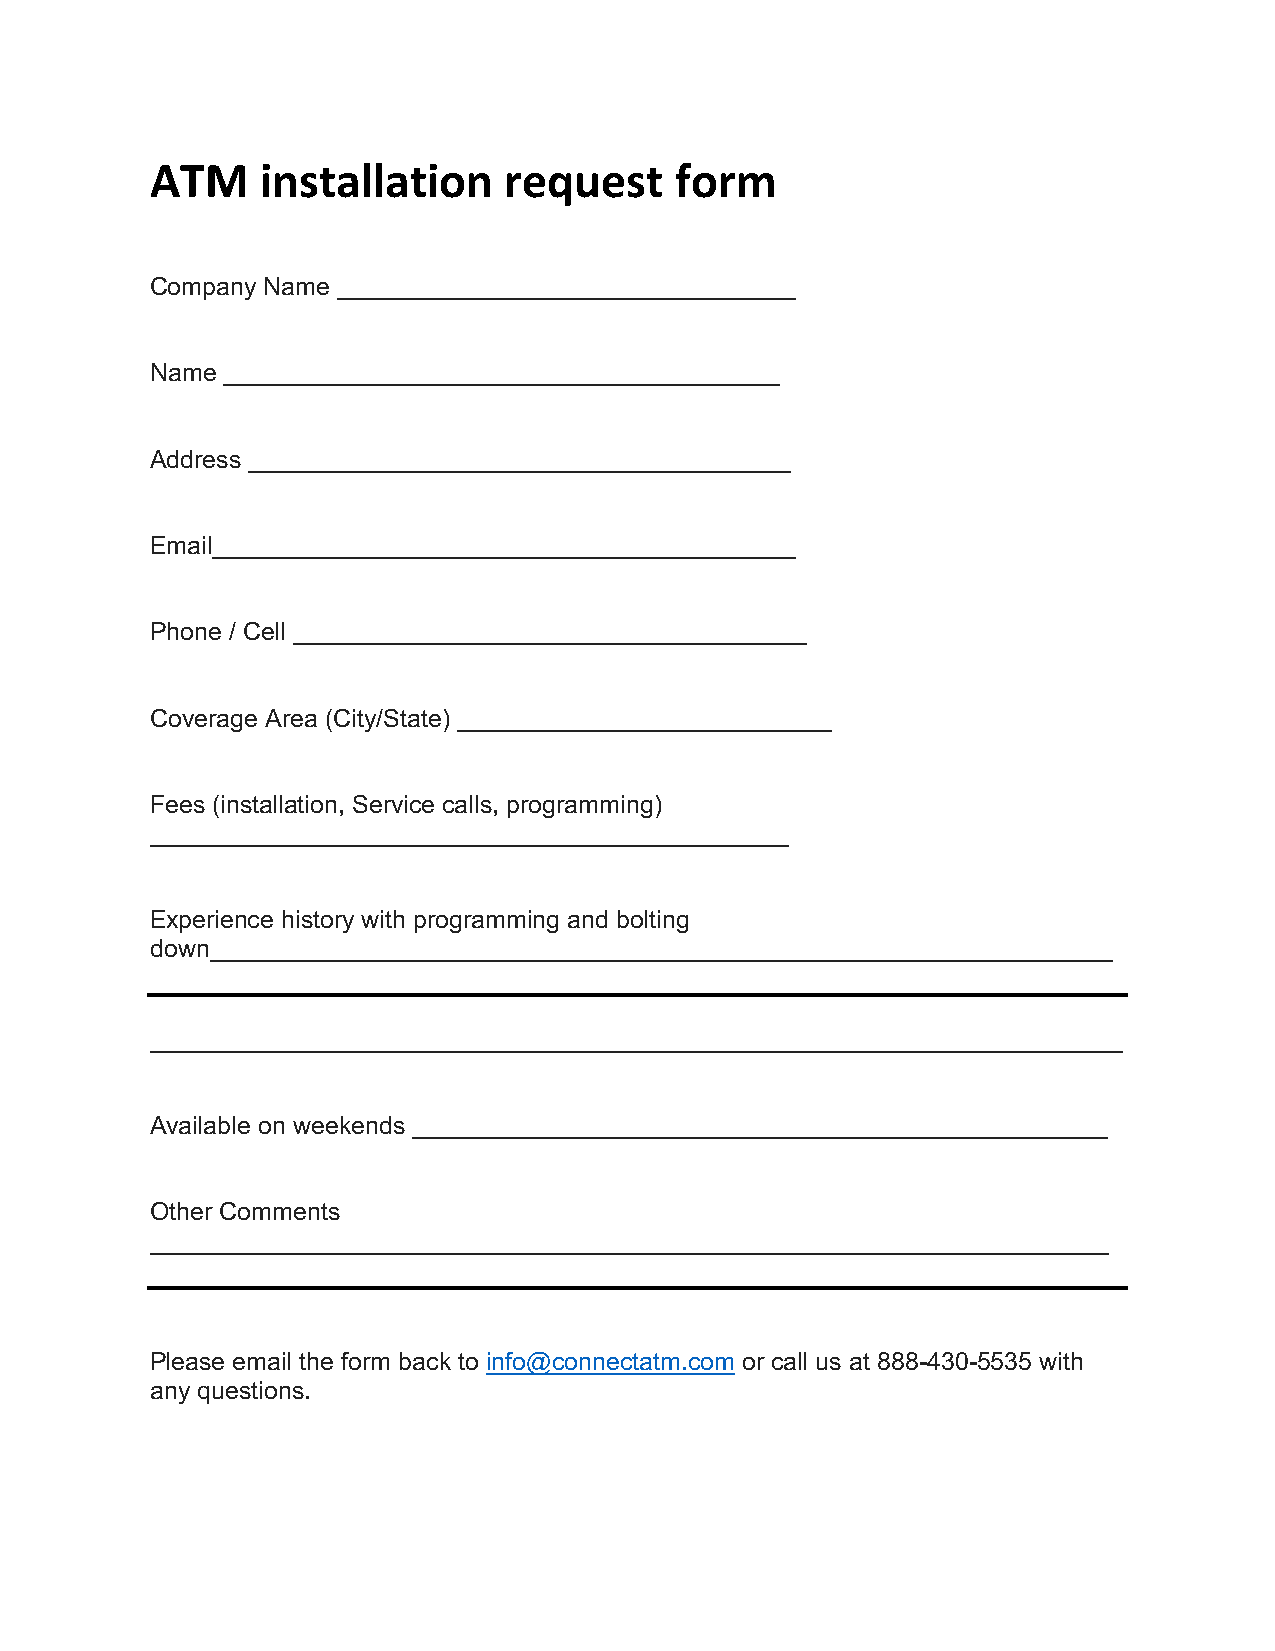
ATM    installation    request     form
 Company Name _________________________________
 Name ________________________________________
 Address _______________________________________
 Email__________________________________________
 Phone / Cell _____________________________________
 Coverage Area (City/State) ___________________________
 Fees (installation, Service calls, programming)
 ______________________________________________
 Experience history with programming and bolting
 down_________________________________________________________________
 ______________________________________________________________________
 Available on weekends __________________________________________________
 Other Comments
 _____________________________________________________________________
 Please email the form back to info@connectatm.com or call us at 888-430-5535 with
 any questions.